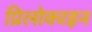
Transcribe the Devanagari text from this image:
प्रिलोकाइन